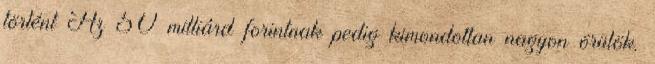
történt Az 50 milliárd forintnak pedig kimondottan nagyon örülök.